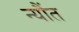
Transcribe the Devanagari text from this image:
न्यौंत